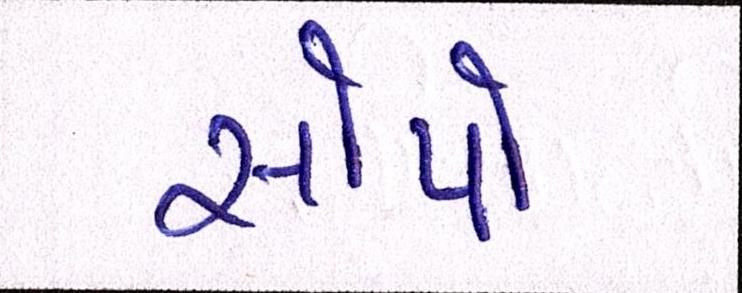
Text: સોપો